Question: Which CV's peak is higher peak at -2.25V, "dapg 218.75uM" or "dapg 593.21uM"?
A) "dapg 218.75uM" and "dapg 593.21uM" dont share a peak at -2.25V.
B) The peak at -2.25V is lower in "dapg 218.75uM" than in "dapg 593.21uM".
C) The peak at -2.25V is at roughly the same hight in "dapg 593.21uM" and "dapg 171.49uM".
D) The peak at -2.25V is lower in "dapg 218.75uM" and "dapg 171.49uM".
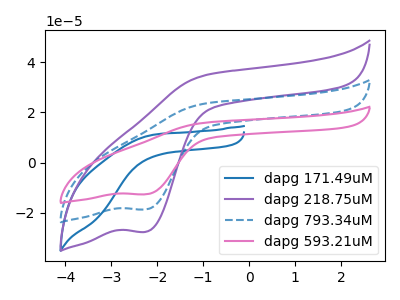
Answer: <think>The blue curve "dapg 171.49uM" has no peaks. The purple curve "dapg 218.75uM" has a cathodic peak at: (-2.25V, -27.55uA). The blue dashed curve "dapg 793.34uM" has a cathodic peak at: (-2.25V, -18.65uA). The pink curve "dapg 593.21uM" has a cathodic peak at: (-2.25V, -37.25uA).</think>
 <answer>B) The peak at -2.25V is lower in "dapg 218.75uM" than in "dapg 593.21uM".</answer>
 <eval>B</eval>